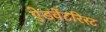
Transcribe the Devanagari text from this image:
ऐडवेंटरिस्ट